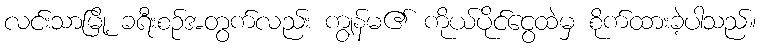
လင်းသာမြို့ ခရီးစဉ်အတွက်လည်း ကျွန်မ၏ ကိုယ်ပိုင်ငွေထဲမှ စိုက်ထားခဲ့ပါသည်။